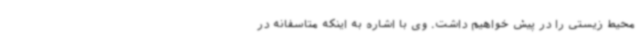
محیط زیستی را در پیش خواهیم داشت. وی با اشاره به اینکه متاسفانه در